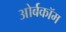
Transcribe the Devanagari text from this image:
ओर्बकॉम